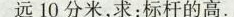
远10分米，求：标杆的高。